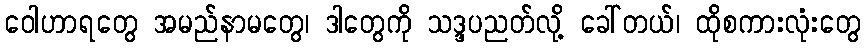
ဝေါဟာရတွေ အမည်နာမတွေ၊ ဒါတွေကို သဒ္ဒပညတ်လု့ိ ခေါ်တယ်၊ ထိုစကားလုံးတွေ